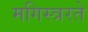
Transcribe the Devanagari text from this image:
मगिस्त्ररते